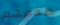
ضعفهم